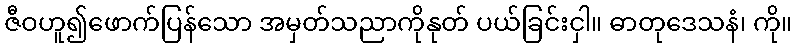
ဇီဝဟူ၍ဖောက်ပြန်သော အမှတ်သညာကိုနုတ် ပယ်ခြင်းငှါ။ ဓာတုဒေသနံ၊ ကို။